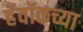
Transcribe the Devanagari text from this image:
हॅवॉकच्या